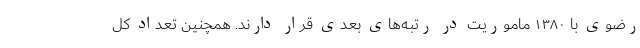
رضوی با ۱۳۸۰ ماموریت در رتبه‌های بعدی قرار دارند. همچنین تعداد کل